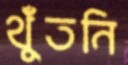
থুঁঁতনি